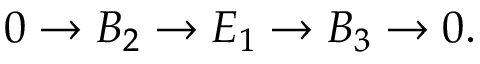
0 \to B _ { 2 } \to E _ { 1 } \to B _ { 3 } \to 0 .